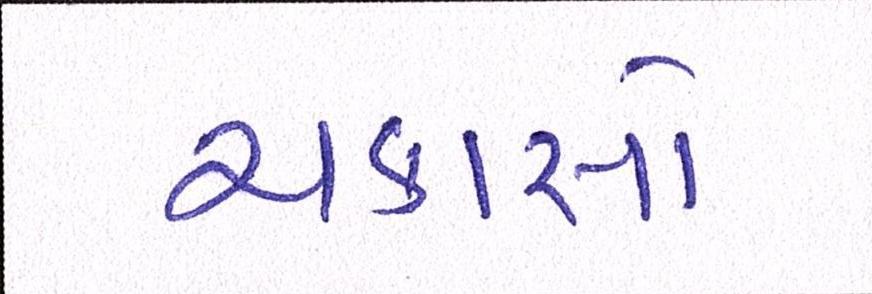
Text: ચકાસો